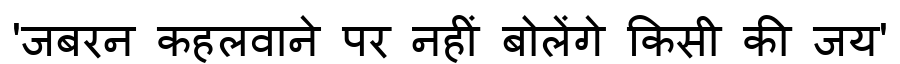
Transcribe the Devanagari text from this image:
'जबरन कहलवाने पर नहीं बोलेंगे किसी की जय'